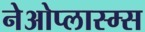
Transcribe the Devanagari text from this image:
नेओप्लास्म्स